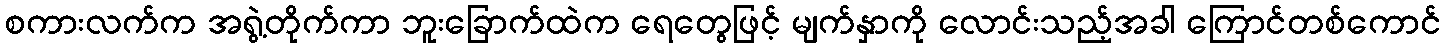
စကားလက်က အရွဲ့တိုက်ကာ ဘူးခြောက်ထဲက ရေတွေဖြင့် မျက်နှာကို လောင်းသည့်အခါ ကြောင်တစ်ကောင်